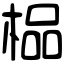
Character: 榀